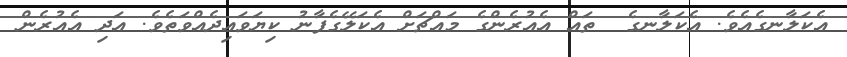
އެކަލާނގެއެވެ. އެކަލާނގެ  ތައް އެއުރެންގެ މައްޗަށް އެކަލޭގެފާނު ކިޔަވައިދެއްވަތެވެ. އަދި އެއުރެން